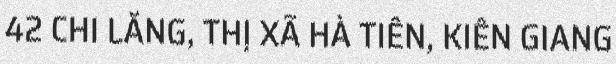
42 CHI LĂNG, THỊ XÃ HÀ TIÊN, KIÊN GIANG